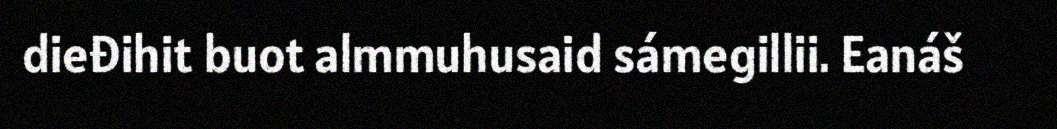
dieđihit buot almmuhusaid sámegillii. Eanáš